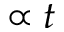
\propto t